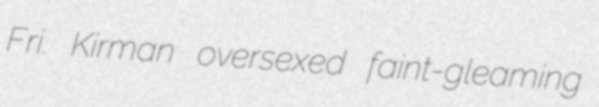
Fri. Kirman oversexed faint-gleaming